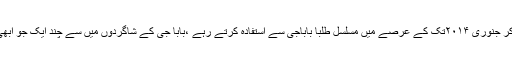
۱۹۴۹ سے لے کر جنوری ۲۰۱۴تک کے عرصے میں مسلسل طلبا باباجی سے استفادہ کرتے رہے ،بابا جی کے شاگردوں میں سے چند ایک جو ابھی مستحضر ہیں ۔